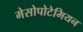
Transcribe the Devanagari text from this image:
मेसोपोटेमियन